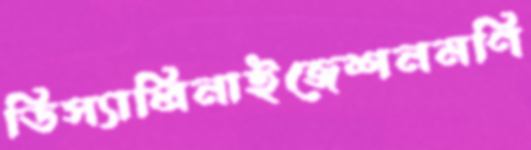
ডিস্যালিনাইজেশনমণি